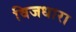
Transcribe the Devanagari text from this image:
विजधारा